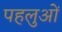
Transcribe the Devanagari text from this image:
पहलुआें